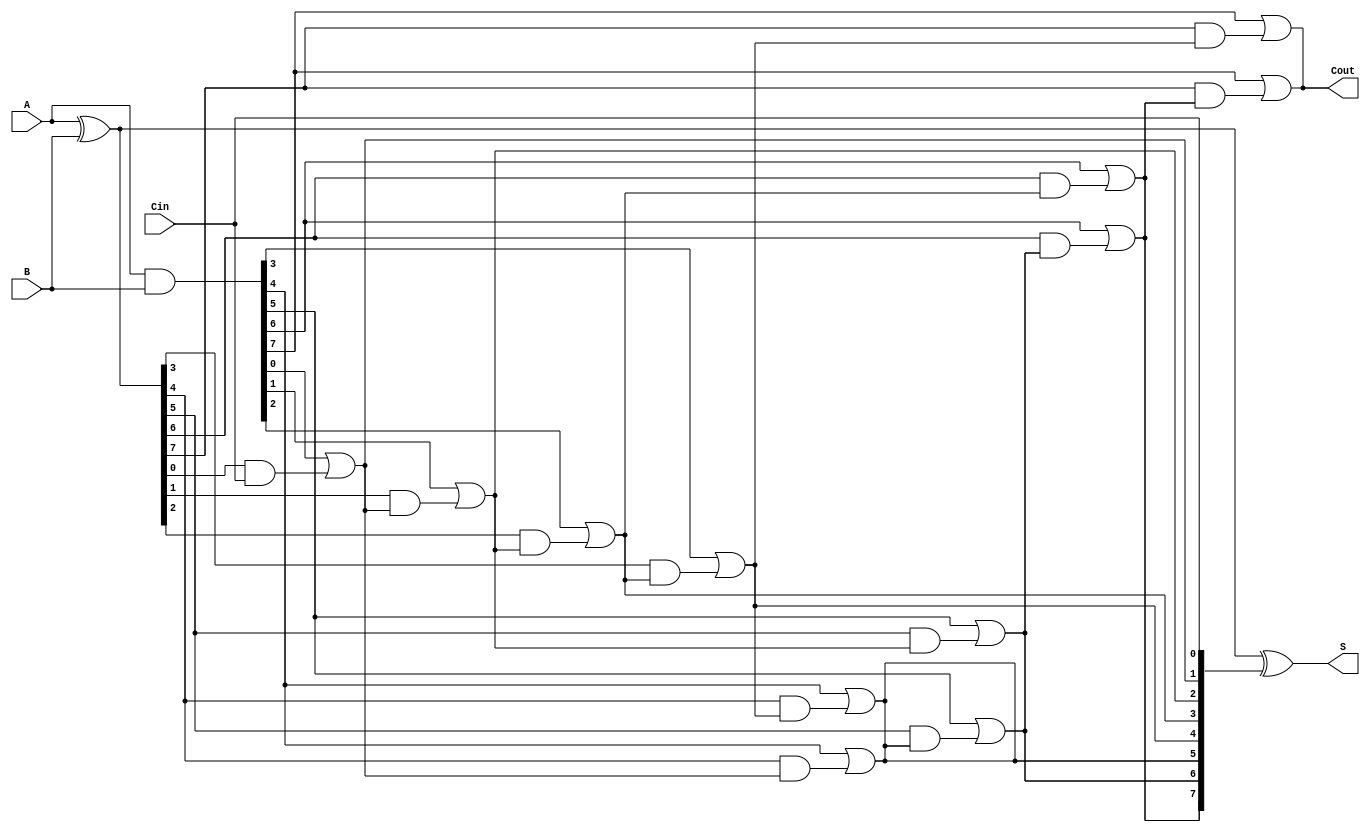
module brent_kung_adder #(parameter N = 8) (
    input  [N-1:0] A,      // First n-bit input
    input  [N-1:0] B,      // Second n-bit input
    input          Cin,     // Carry-in
    output [N-1:0] S,      // n-bit sum output
    output         Cout     // Carry-out
);

    // Generate and propagate signals
    wire [N-1:0] G; // Generate
    wire [N-1:0] P; // Propagate
    wire [N:0] C;   // Carry signals

    // Generate and propagate calculations
    assign G = A & B;         // Generate
    assign P = A ^ B;         // Propagate

    // Carry generation using Brent-Kung structure
    // Level 0
    assign C[0] = Cin;        // Initial carry-in

    // Level 1
    genvar i;
    generate
        for (i = 0; i < N; i = i + 1) begin : carry_gen_level1
            assign C[i + 1] = G[i] | (P[i] & C[i]);
        end
    endgenerate

    // Level 2 and beyond (for larger N)
    // The number of levels can be adjusted based on N
    // Here we implement a simple 2-level structure for demonstration
    generate
        for (i = 0; i < N/2; i = i + 1) begin : carry_gen_level2
            assign C[i + N/2 + 1] = G[i + N/2] | (P[i + N/2] & C[i + 1]);
        end
    endgenerate

    // Final carry-out
    assign Cout = C[N];

    // Sum computation
    assign S = P ^ C[N-1:0]; // Sum bits

endmodule